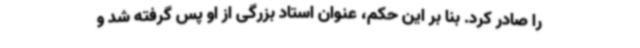
را صادر کرد. بنا بر این حکم، عنوان استاد بزرگی از او پس گرفته شد و